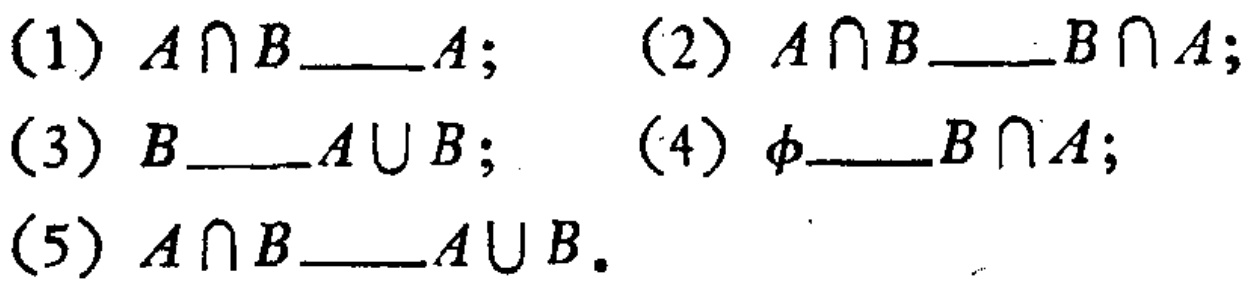
(1) \(A\cap B\)____\(A\); (2) \(A\cap B\)____\(B\cap A\);

(3) \(B\)____\(A\cup B\); (4) \(\varnothing\)____\(B\cap A\);

(5) \(A\cap B\)____\(A\cup B\).